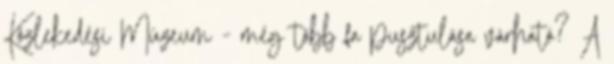
Közlekedési Múzeum - még több fa pusztulása várható? A